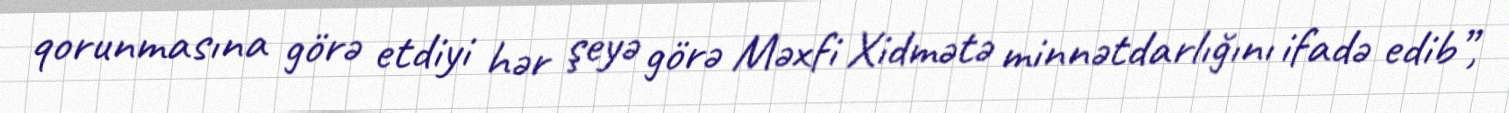
qorunmasına görə etdiyi hər şeyə görə Məxfi Xidmətə minnətdarlığını ifadə edib”,